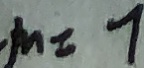
m = 7